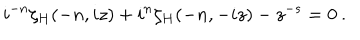
{ i } ^ { - n } \zeta _ { H } ( - n , i z ) + i ^ { n } \zeta _ { H } ( - n , - i z ) - z ^ { - s } = 0 \: .